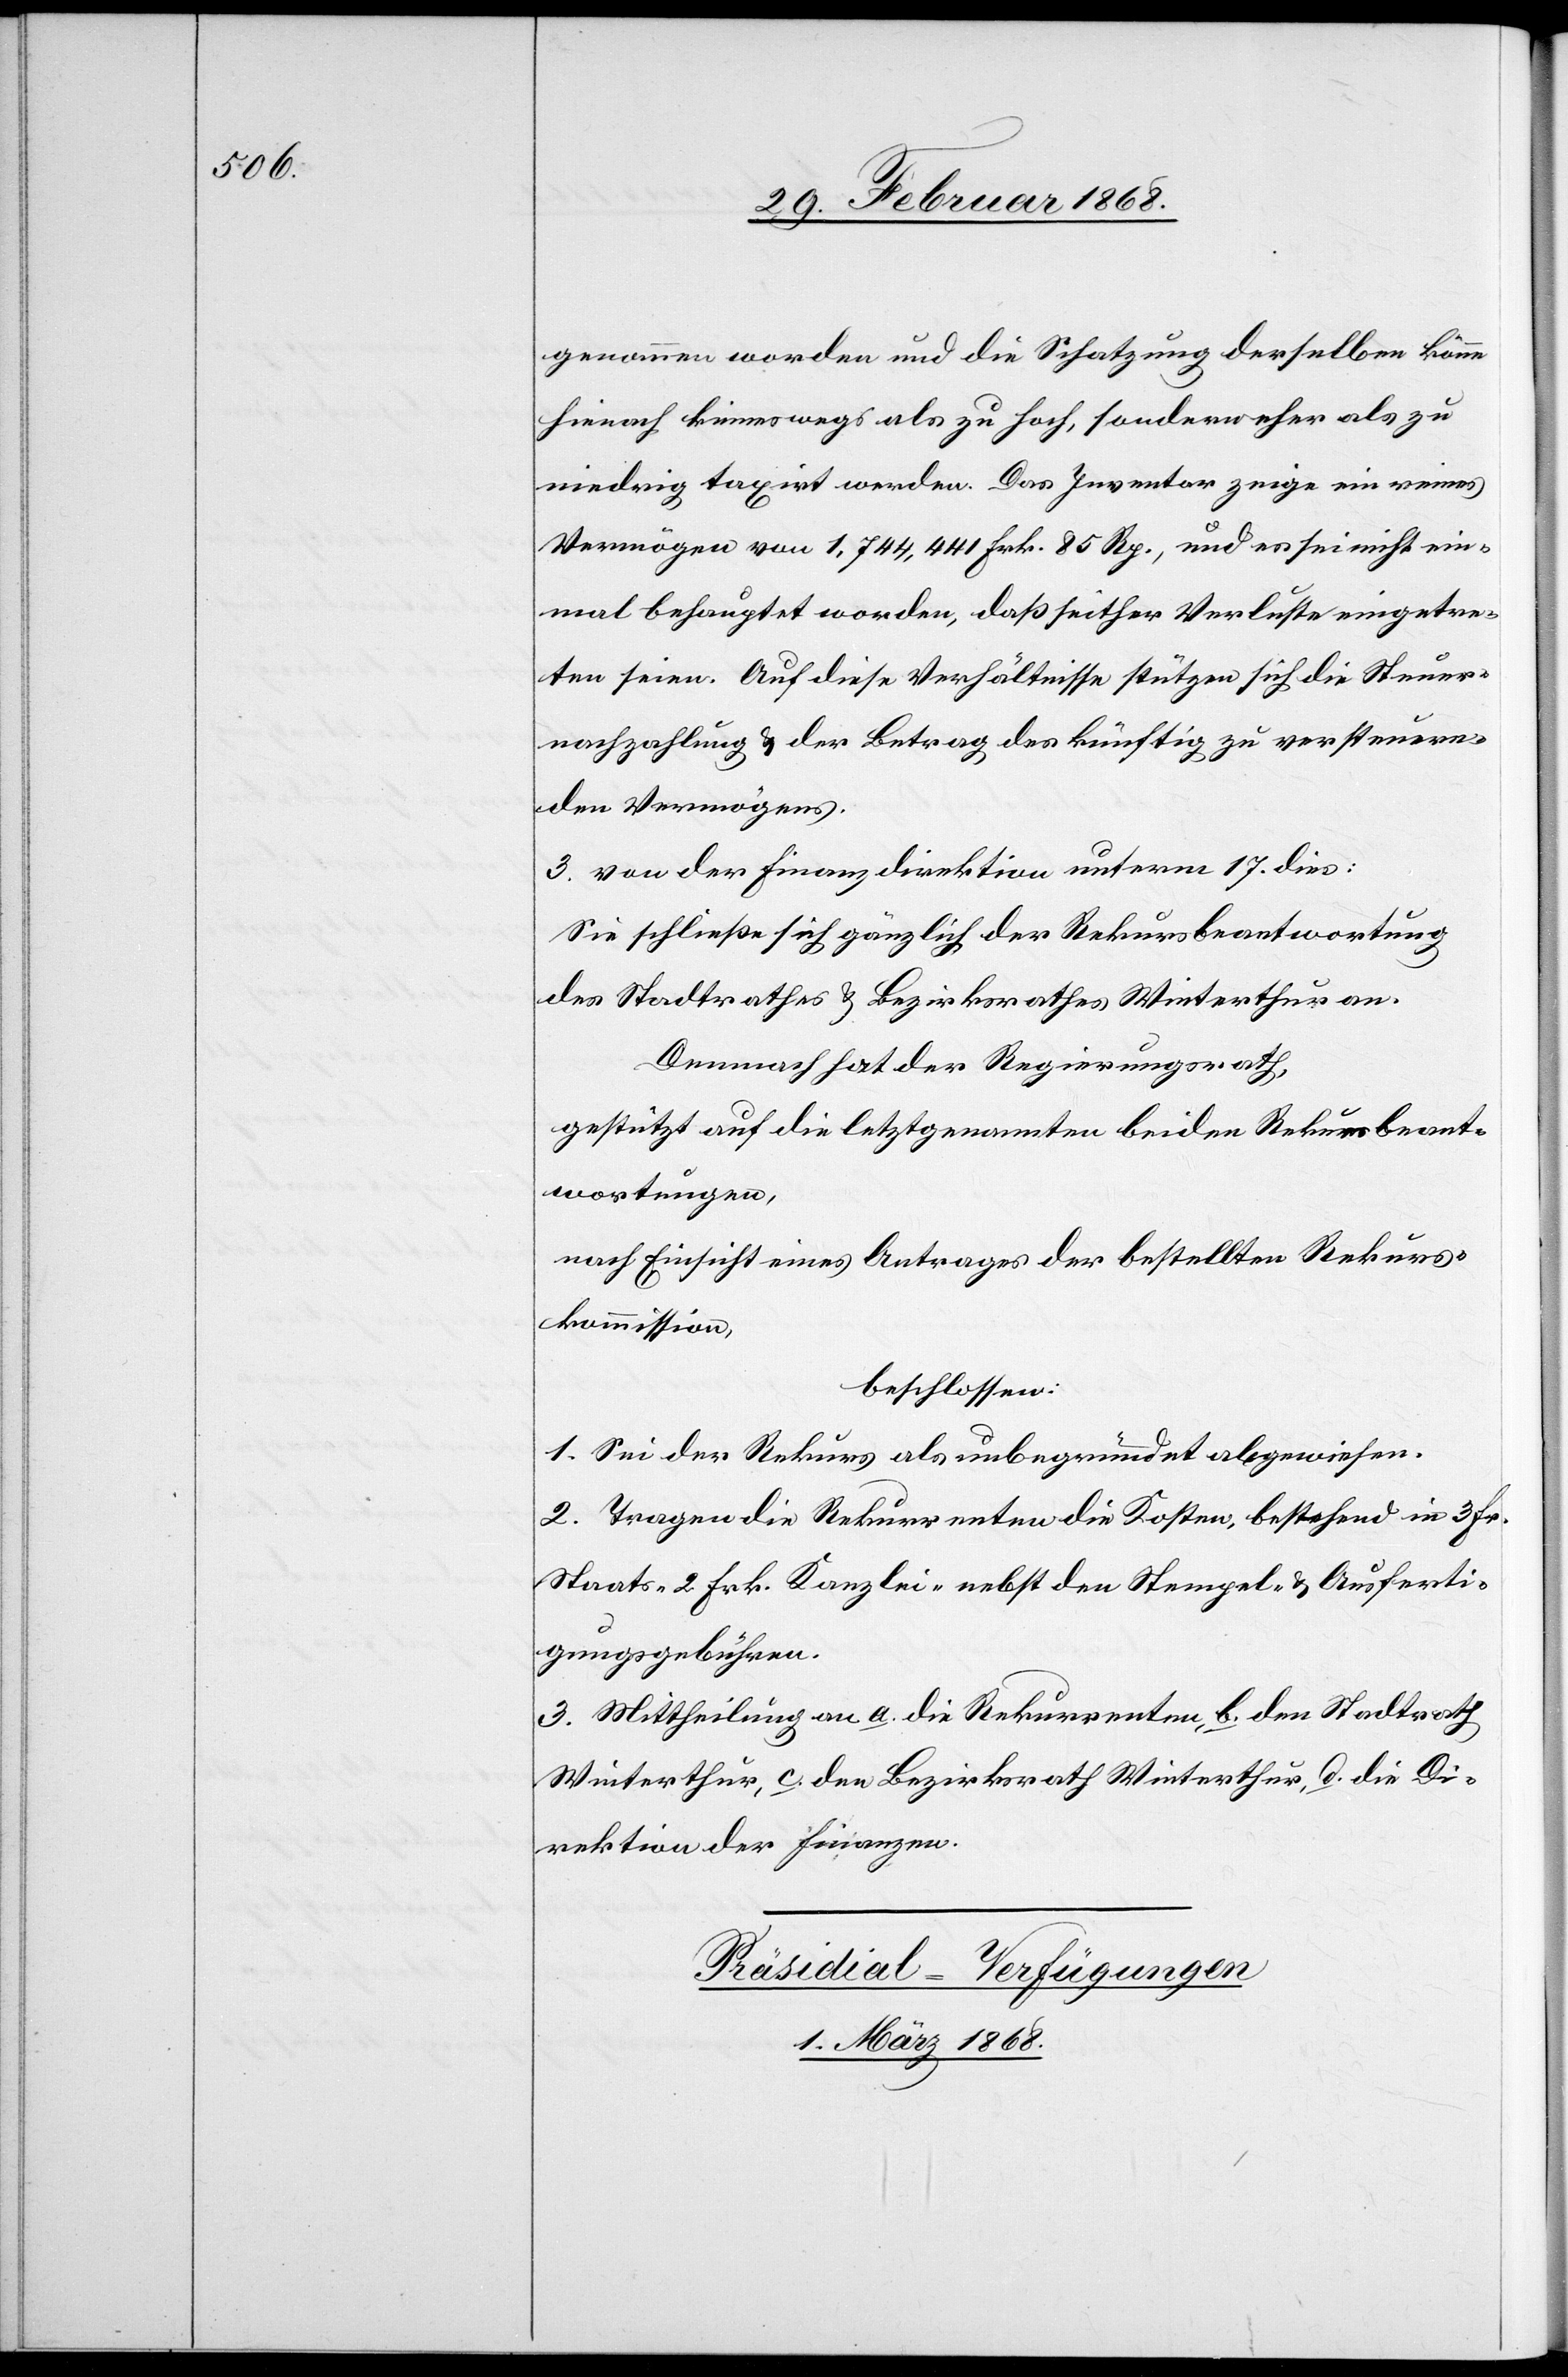
genommen worden und die Schatzung derselben könne
hienach keineswegs als zu hoch, sondern eher als zu
niedrig taxirt werden. Das Inventar zeige ein reines
Vermögen von 1,744,441 Frk. 85 Rp., und es sei nicht ein¬
mal behauptet worden, daß seither Verluste eingetre¬
ten seien. Auf diese Verhältnisse stützen sich die Steuer¬
nachzahlung & der Betrag des künftig zu versteuern¬
den Vermögens.
3. von der Finanzdirektion unterm 17. dies:
Sie schließe sich gänzlich der Rekursbeantwortung
des Stadtrathes & Bezirksrathes Winterthur an.
Demnach hat der Regierungsrath,
gestützt auf die letztgenannten beiden Rekursbeant¬
wortungen,
nach Einsicht eines Antrages der bestellten Rekurs¬
kommission,
beschlossen:
1. Sei der Rekurs als unbegründet abgewiesen.
2. Tragen die Rekurrenten die Kosten, bestehend in 3 Fr.
Staats-[,] 2 Frk. Kanzlei-[,] nebst den Stempel- & Ausferti¬
gungsgebühren.
3. Mittheilung an a. die Rekurrenten, b. den Stadtrath
Winterthur, c. den Bezirksrath Winterthur, d. die Di¬
rektion der Finanzen.
Präsidial-Verfügungen
1. März 1868.